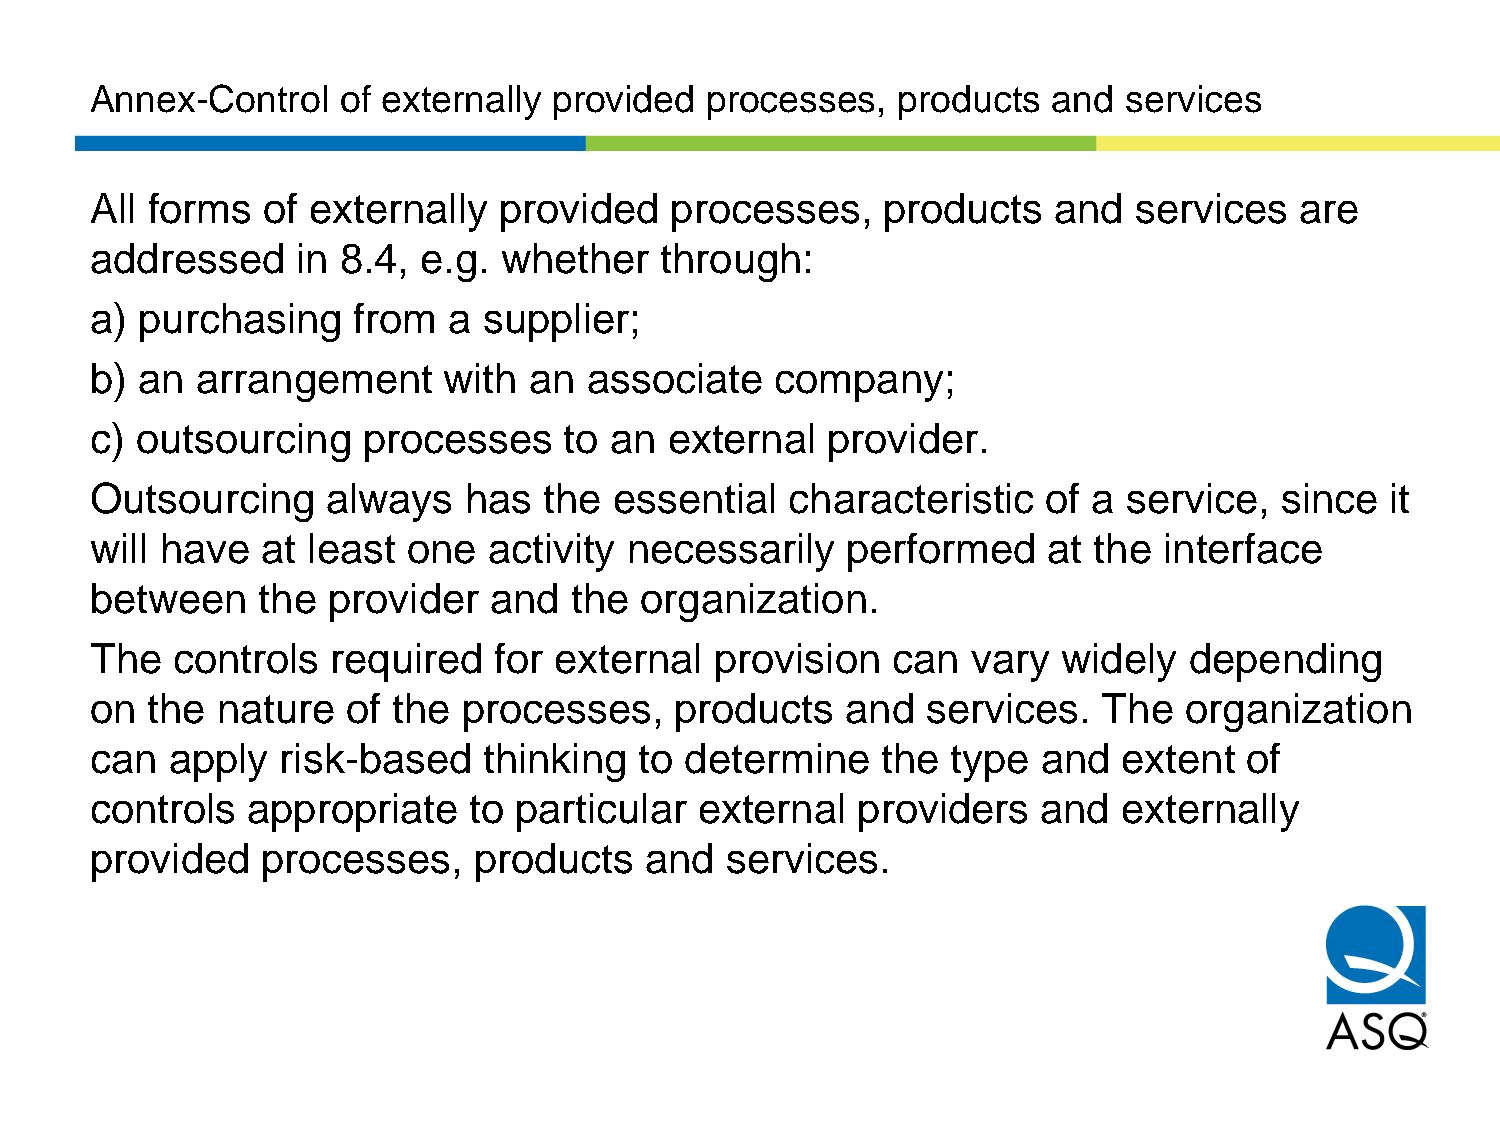
Annex-Control   of externally  provided  processes,  products   and services
 All forms  of externally   provided   processes,    products    and  services   are
 addressed     in 8.4, e.g. whether    through:
 a) purchasing    from   a supplier;
 b) an  arrangement     with  an  associate   company;
 c) outsourcing    processes    to an  external   provider.
 Outsourcing     always   has  the  essential  characteristic   of a  service,  since  it
 will have  at least  one  activity necessarily    performed    at the  interface
 between    the  provider  and   the organization.
 The  controls   required   for external  provision   can  vary  widely   depending
 on  the nature   of the  processes,    products   and  services.   The  organization
 can  apply   risk-based   thinking  to determine    the  type  and  extent   of
 controls  appropriate    to particular  external   providers   and  externally
 provided   processes,    products    and  services.